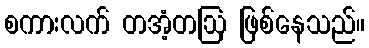
စကားလက် တအံ့တဩ ဖြစ်နေသည်။